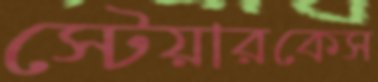
স্টেয়ারকেস